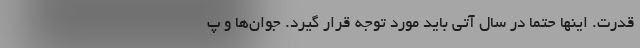
قدرت. اینها حتما در سال آتی باید مورد توجه قرار گیرد. جوان‌ها و پ